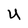
Character: u